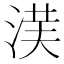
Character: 𱦰